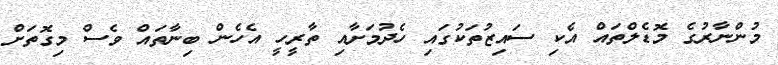
މުންނާރުގެ މޮޑެލްތައް އެކި ސައިޒުތަކުގައި ހެދުމަށާއި ތާރީހީ އެހެން ބިނާތައް ވެސް މިގޮތަށް